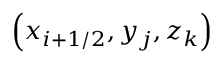
\left( x _ { i + 1 / 2 } , y _ { j } , z _ { k } \right)